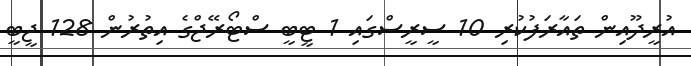
އުރީދޫއިން ތައާރަފުކުރި 10 ސީރީސްގައި 1 ޓީބީ ސްޓޯރޭޖްގެ އިތުރުން 128 ޖީބީ